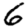
Digit: 6